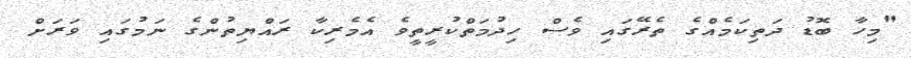
"މިހާ ބޮޑު ދަތިކަމެއްގެ ތެރޭގައި ވެސް ހިދުމަތްކުރީތީވެ އެމެރިކާ ރައްޔިތުންގެ ނަމުގައި ވަރަށް